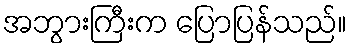
အဘွားကြီးက ပြောပြန်သည်။